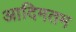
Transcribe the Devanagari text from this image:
आदिमतम